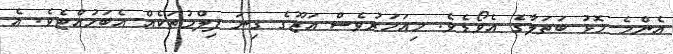
އެންމެ މޮޅު ބަތަލާގެ އެވޯޑެވެ. މިއަހަރުވެސް އަޒޫގެ ގިނަ ފިލްމުތަކެއް އެބަހުއްޓެވެ. އެ